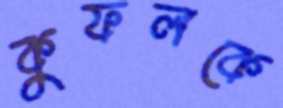
কুফলকে